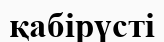
қабірүсті